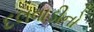
દલવાડીનો